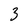
Character: 3